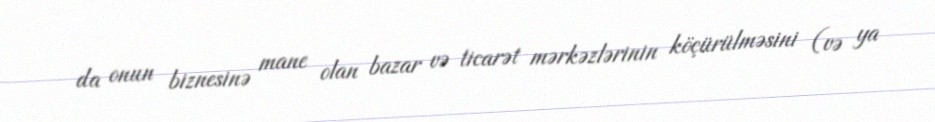
da onun biznesinə mane olan bazar və ticarət mərkəzlərinin köçürülməsini (və ya